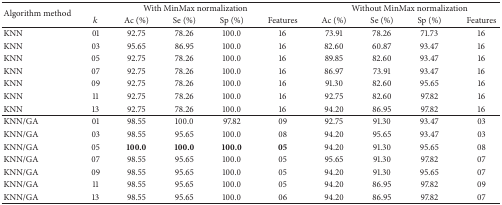
<table><thead><tr><td rowspan="2"><b>Algorithm method</b></td><td colspan="5"><b>With MinMax normalization</b></td><td colspan="4"><b>Without MinMax normalization</b></td></tr><tr><td><b><i>k</i></b></td><td><b>Ac (%)</b></td><td><b>Se (%)</b></td><td><b>Sp (%)</b></td><td><b>Features</b></td><td><b>Ac (%)</b></td><td><b>Se (%)</b></td><td><b>Sp (%)</b></td><td><b>Features</b></td></tr></thead><tbody><tr><td>KNN </td><td>01</td><td>92.75</td><td>78.26</td><td>100.0</td><td>16</td><td>73.91</td><td>78.26</td><td>71.73</td><td>16</td></tr><tr><td>KNN </td><td>03</td><td>95.65</td><td>86.95</td><td>100.0</td><td>16</td><td>82.60</td><td>60.87</td><td>93.47</td><td>16</td></tr><tr><td>KNN </td><td>05</td><td>92.75</td><td>78.26</td><td>100.0</td><td>16</td><td>89.85</td><td>82.60</td><td>93.47</td><td>16</td></tr><tr><td>KNN </td><td>07</td><td>92.75</td><td>78.26</td><td>100.0</td><td>16</td><td>86.97</td><td>73.91</td><td>93.47</td><td>16</td></tr><tr><td>KNN </td><td>09</td><td>92.75</td><td>78.26</td><td>100.0</td><td>16</td><td>91.30</td><td>82.60</td><td>95.65</td><td>16</td></tr><tr><td>KNN </td><td>11</td><td>92.75</td><td>78.26</td><td>100.0</td><td>16</td><td>92.75</td><td>82.60</td><td>97.82</td><td>16</td></tr><tr><td>KNN </td><td>13</td><td>92.75</td><td>78.26</td><td>100.0</td><td>16</td><td>94.20</td><td>86.95</td><td>97.82</td><td>16</td></tr><tr><td>KNN/GA </td><td>01</td><td>98.55</td><td>100.0</td><td>97.82</td><td>09</td><td>92.75</td><td>91.30</td><td>93.47</td><td>03</td></tr><tr><td>KNN/GA </td><td>03</td><td>98.55</td><td>95.65</td><td>100.0</td><td>08</td><td>94.20</td><td>95.65</td><td>93.47</td><td>03</td></tr><tr><td>KNN/GA </td><td>05</td><td><b>100.0</b></td><td><b>100.0</b></td><td><b>100.0</b></td><td><b>05</b></td><td>94.20</td><td>91.30</td><td>95.65</td><td>08</td></tr><tr><td>KNN/GA </td><td>07</td><td>98.55</td><td>95.65</td><td>100.0</td><td>05</td><td>95.65</td><td>91.30</td><td>97.82</td><td>07</td></tr><tr><td>KNN/GA </td><td>09</td><td>98.55</td><td>95.65</td><td>100.0</td><td>05</td><td>94.20</td><td>91.30</td><td>95.65</td><td>07</td></tr><tr><td>KNN/GA </td><td>11</td><td>98.55</td><td>95.65</td><td>100.0</td><td>05</td><td>94.20</td><td>86.95</td><td>97.82</td><td>09</td></tr><tr><td>KNN/GA </td><td>13</td><td>98.55</td><td>95.65</td><td>100.0</td><td>06</td><td>94.20</td><td>86.95</td><td>97.82</td><td>07</td></tr></tbody></table>